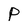
Character: P